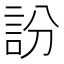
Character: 訜